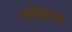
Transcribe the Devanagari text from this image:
श्लेषाभ